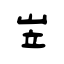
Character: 岦